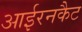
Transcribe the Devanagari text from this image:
आईरनकैट